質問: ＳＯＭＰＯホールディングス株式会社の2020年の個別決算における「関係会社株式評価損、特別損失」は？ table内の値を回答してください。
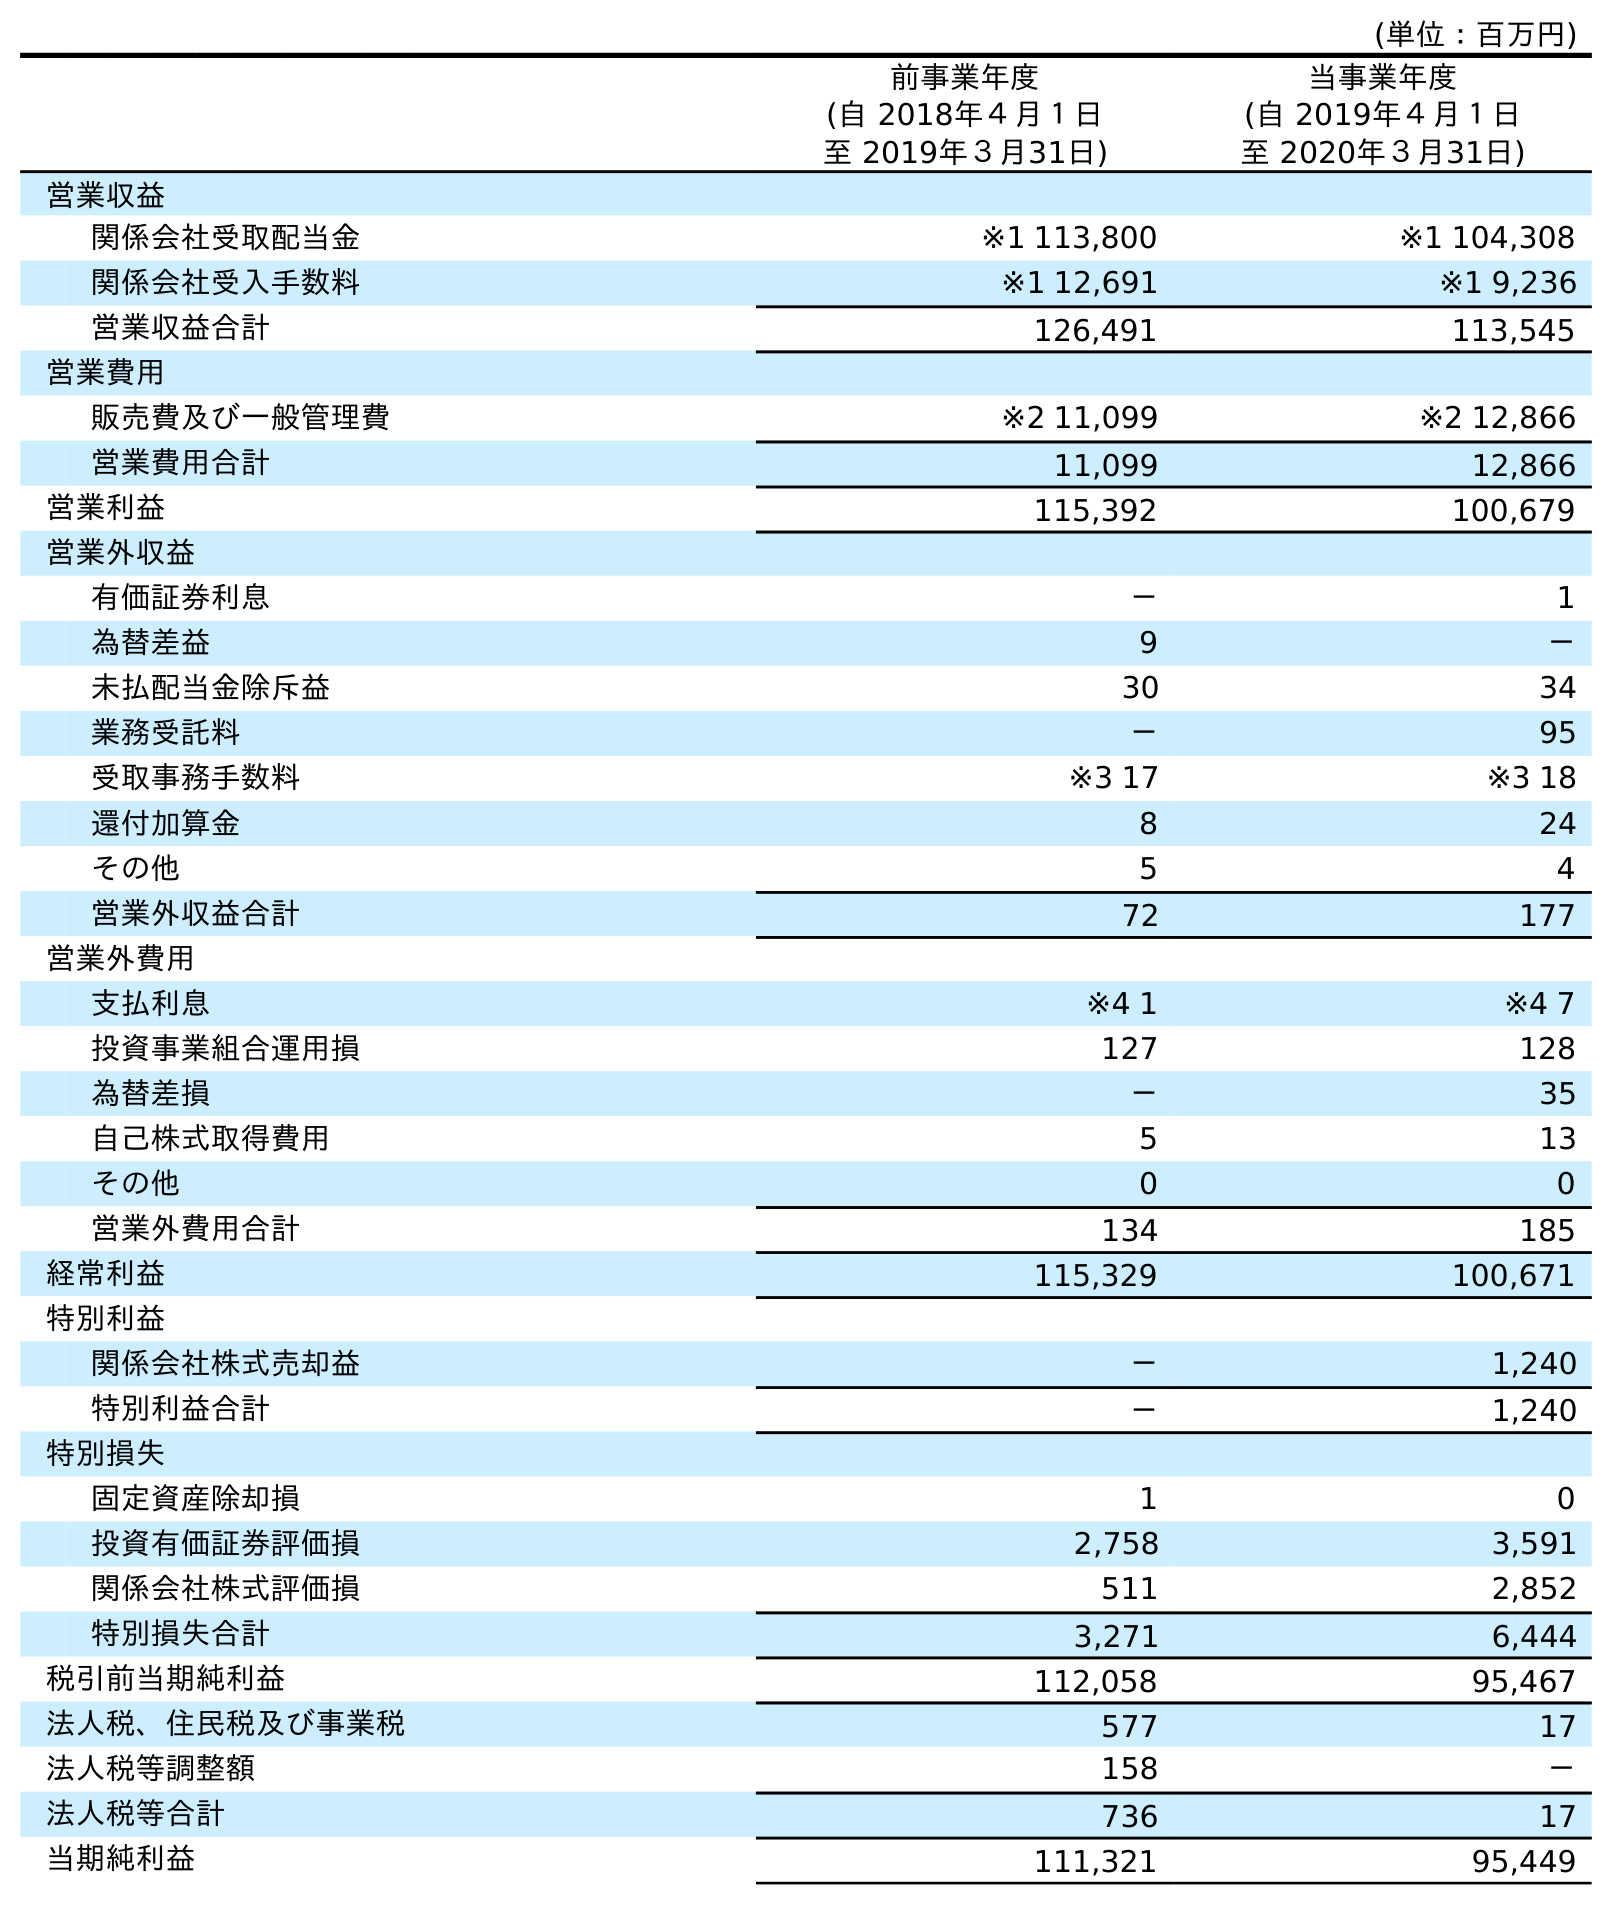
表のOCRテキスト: (単位：百万円) 前事業年度 (自 2018年４月１日 至 2019年３月31日) 当事業年度 (自 2019年４月１日 至 2020年３月31日) 営業収益 関係会社受取配当金 ※1 113,800 ※1 104,308 関係会社受入手数料 ※1 12,691 ※1 9,236 営業収益合計 126,491 113,545 営業費用 販売費及び一般管理費 ※2 11,099 ※2 12,866 営業費用合計 11,099 12,866 営業利益 115,392 100,679 営業外収益 有価証券利息 － 1 為替差益 9 － 未払配当金除斥益 30 34 業務受託料 － 95 受取事務手数料 ※3 17 ※3 18 還付加算金 8 24 その他 5 4 営業外収益合計 72 177 営業外費用 支払利息 ※4 1 ※4 7 投資事業組合運用損 127 128 為替差損 － 35 自己株式取得費用 5 13 その他 0 0 営業外費用合計 134 185 経常利益 115,329 100,671 特別利益 関係会社株式売却益 － 1,240 特別利益合計 － 1,240 特別損失 固定資産除却損 1 0 投資有価証券評価損 2,758 3,591 関係会社株式評価損 511 2,852 特別損失合計 3,271 6,444 税引前当期純利益 112,058 95,467 法人税、住民税及び事業税 577 17 法人税等調整額 158 － 法人税等合計 736 17 当期純利益 111,321 95,449
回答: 2,852